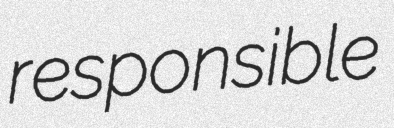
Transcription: responsible